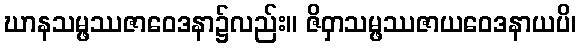
ဃာနသမ္ဖဿဇာဝေဒနာ၌လည်း။ ဇိဝှာသမ္ဖဿဇာယဝေဒနာယပိ၊